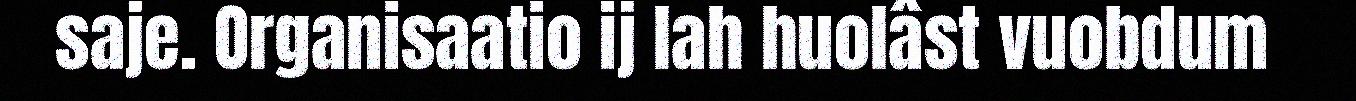
saje. Organisaatio ij lah huolâst vuobdum